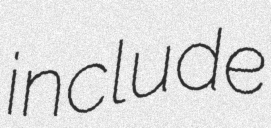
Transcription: include